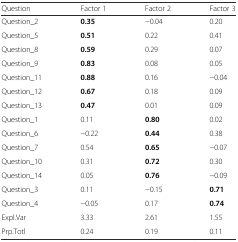
| Question | Factor 1 | Factor 2 | Factor 3 |
 | --- | --- | --- | --- |
 | Question_2 | 0.35 | −0.04 | 0.20 |
 | Question_5 | 0.51 | 0.22 | 0.41 |
 | Question_8 | 0.59 | 0.29 | 0.07 |
 | Question_9 | 0.83 | 0.08 | 0.05 |
 | Question_11 | 0.88 | 0.16 | −0.04 |
 | Question_12 | 0.67 | 0.18 | 0.09 |
 | Question_13 | 0.47 | 0.01 | 0.09 |
 | Question_1 | 0.11 | 0.80 | 0.02 |
 | Question_6 | −0.22 | 0.44 | 0.38 |
 | Question_7 | 0.54 | 0.65 | −0.07 |
 | Question_10 | 0.31 | 0.72 | 0.30 |
 | Question_14 | 0.05 | 0.76 | −0.09 |
 | Question_3 | 0.11 | −0.15 | 0.71 |
 | Question_4 | −0.05 | 0.17 | 0.74 |
 | Expl.Var | 3.33 | 2.61 | 1.55 |
 | Prp.Totl | 0.24 | 0.19 | 0.11 |